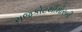
રાજકોટથીમોરબી